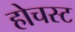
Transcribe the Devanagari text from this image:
होचस्ट